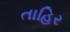
તાહિર